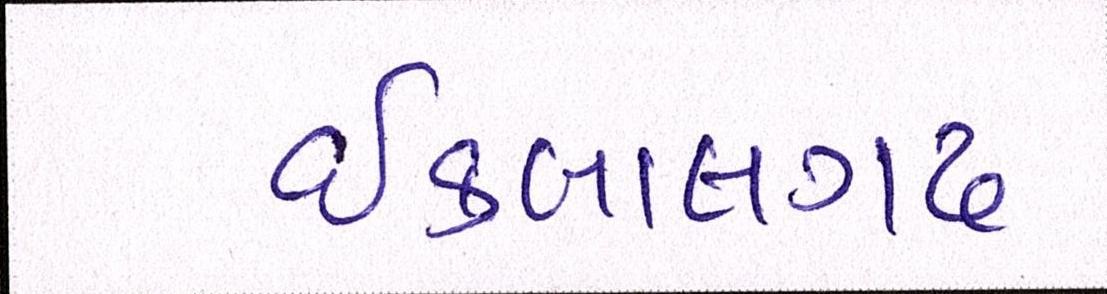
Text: ઇકબાલગઢ